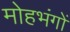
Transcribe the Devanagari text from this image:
मोहभंगों